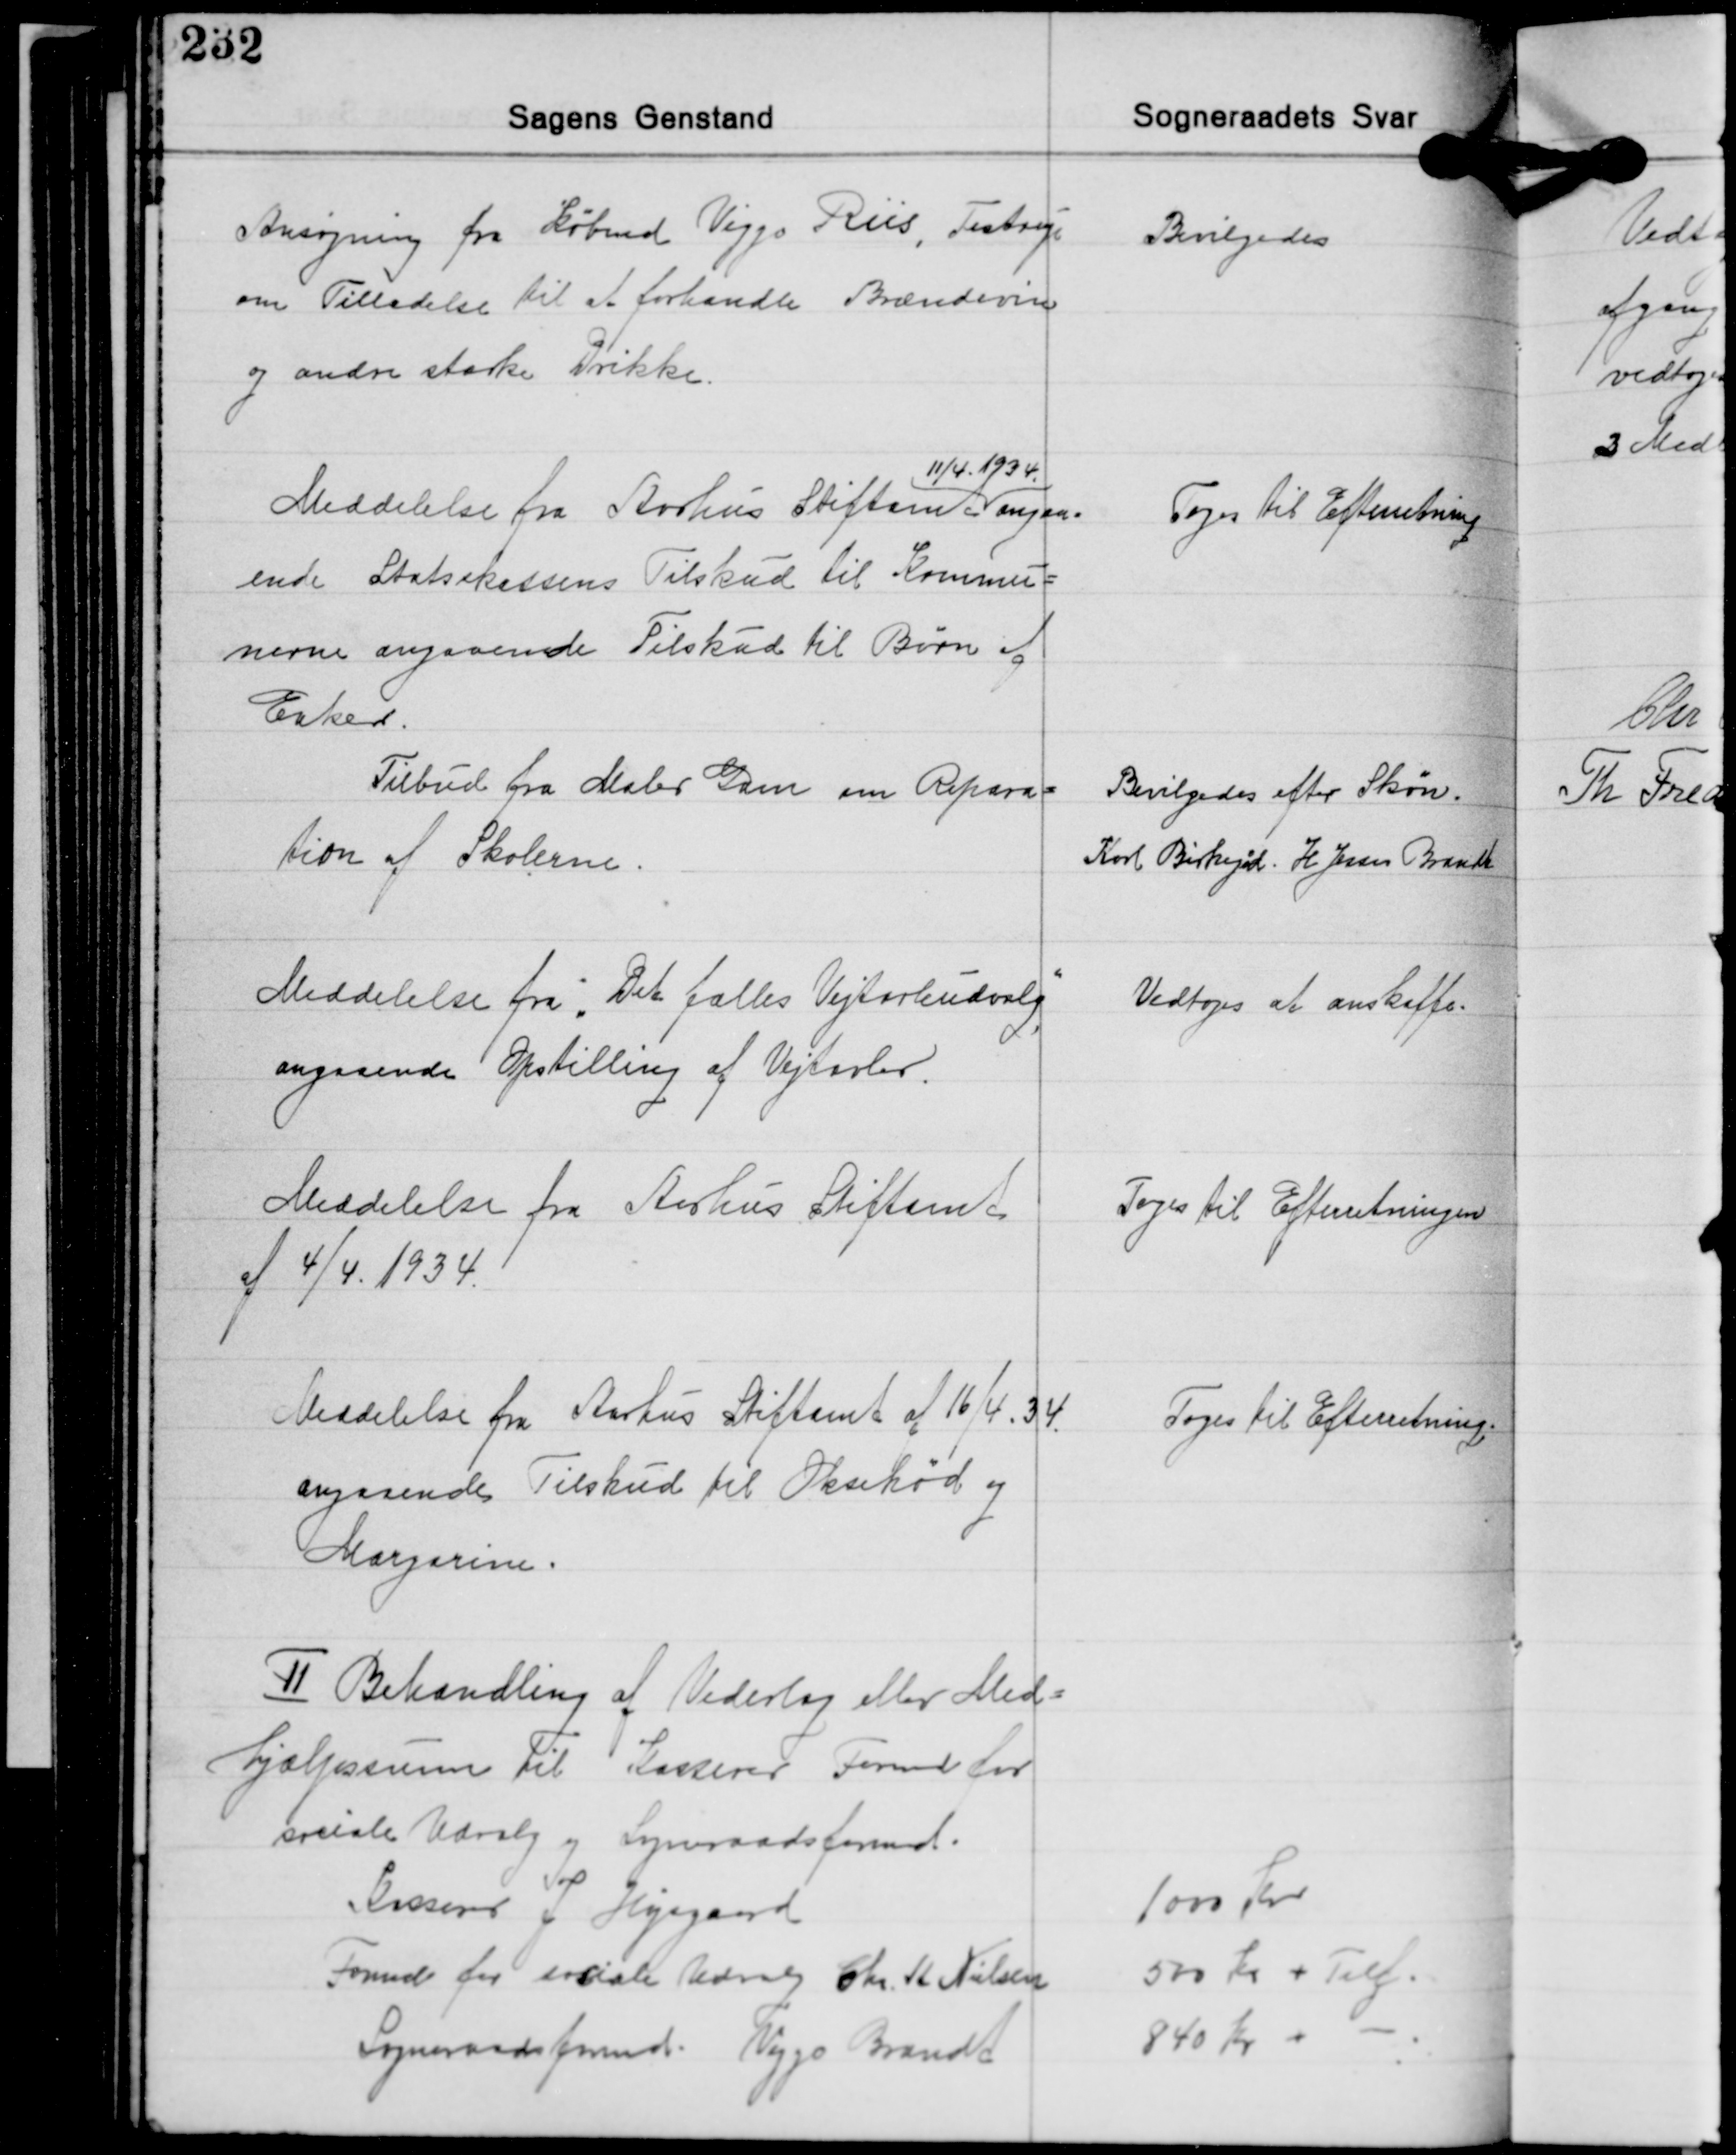
Transskription:
Ansøgning fra Købmd. Viggo Riis, Testrup
om Tilladelse til at forhandle Brændevin
og andre stærke Drikke.

Bevilgedes

11/4 1934
Meddelelse fra Aarhus Stiftsamt angaa-
ende Statskassens Tilskud til Kommu-
nerne angaaende Tilskud til Børn af
Enker.

Toges til Efterretning

Tilbud fra Maler Gam om Repara-
tion af Skolerne.

Bevilgedes efter Skøn.
Karl Birkegård, H Jessen Brandt

Meddelelse fra "Det fælles Vejtavleudvalg"
angaaende Opstilling af Vejtavler.

Vedtoges at anskaffe.

Meddelelse fra Aarhus Stiftsamt
af 4/4 1934.

Toges til Efterretningen

Meddelelse fra Aarhus Stiftamt af 16/4 34
angaaende Tilskud til Oksekød og
Margarine.

Toges Til Efterretning.

Ⅱ Behandling af Vederlag eller Med-
hjælpssum til Kasserer Formd. for
sociale Udvalg og Sogneraadsformd.
Kasserer J. Højsgaard
Formd. for sociale Udvalg Chr. A. Nielsen
Sogneraadsformd. Viggo Brandt

1000 Kr.
500 Kr. + Telf.
840 Kr. + -